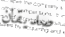
صديقان